Leningradi_Edasi_toimetus, lk 70
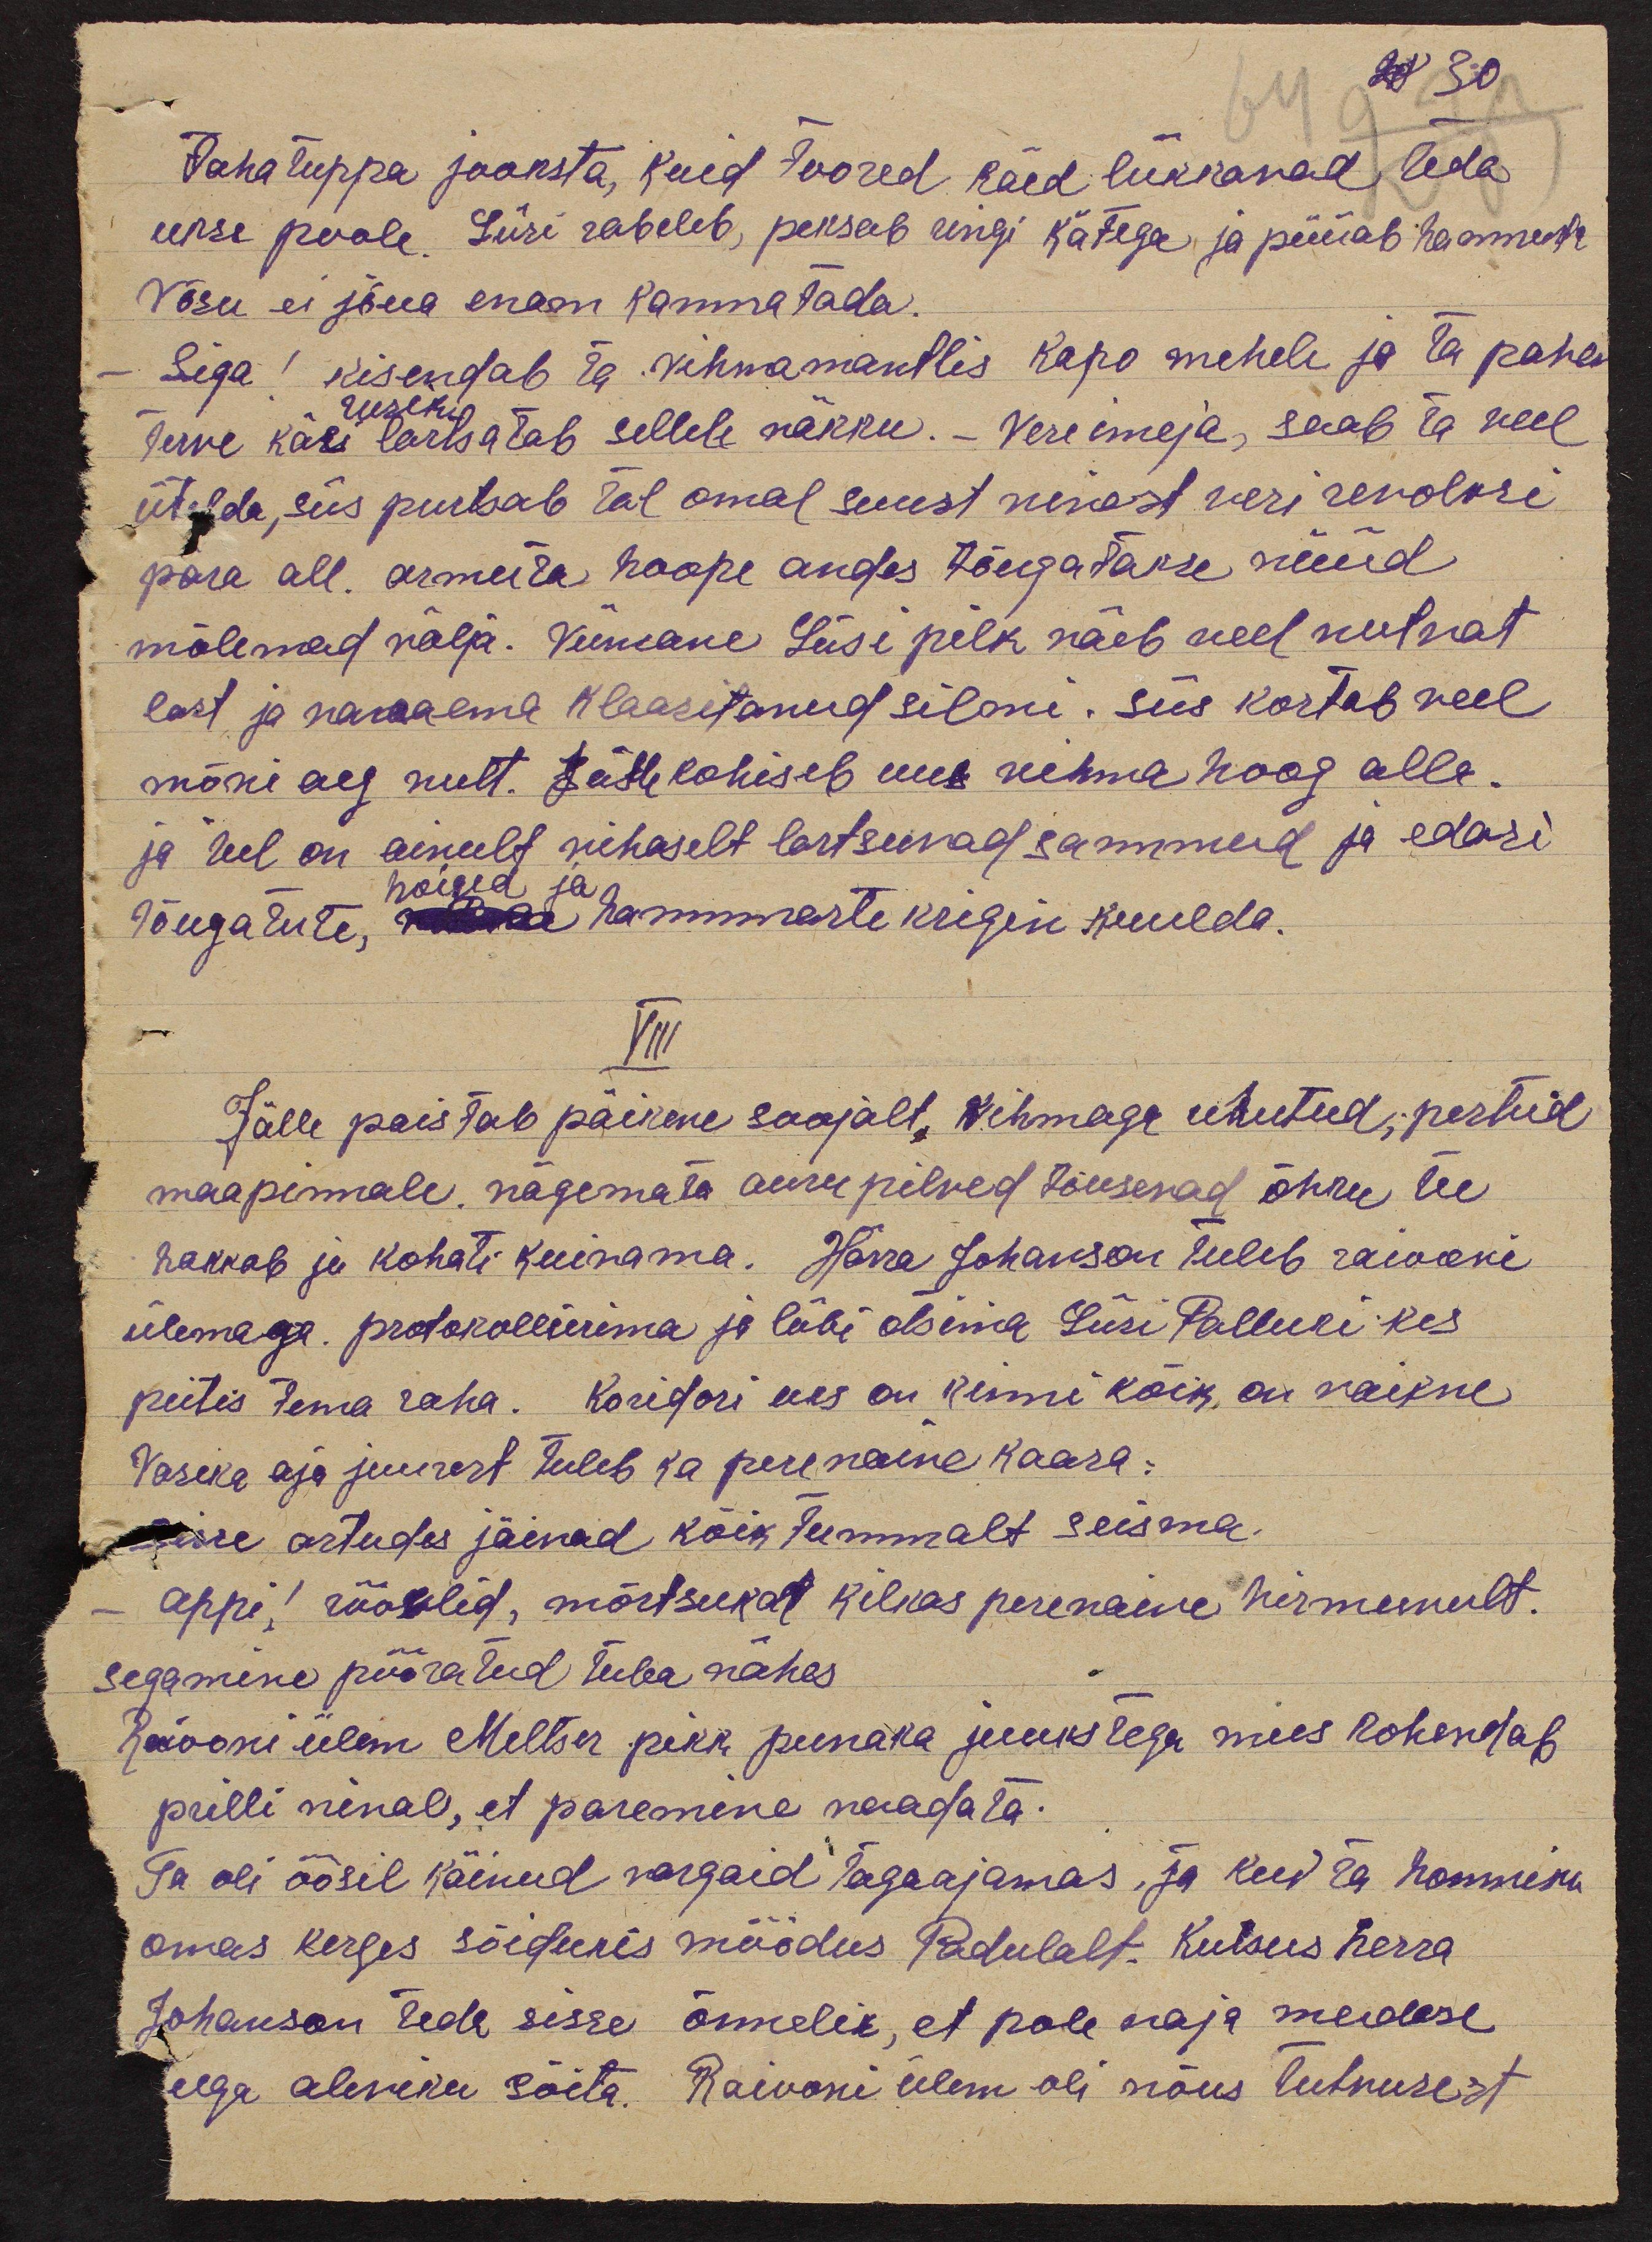
tahatuppa jooksta, kuid toored käed lükkavad teda
ukse poole. Liisi rabeleb, peksab ringi kätega ja püüab hammusta
Võsu ei jõua enam kannatada.
Siga! kisendab ta vihmamantlis kapo mehele ja ta pahem
terve käsi lartsatab sellele näkku. - Vereimaja, saab ta veel
rusik
ütelda, siis purtsab tal omal suust ninast veri revolvri
pära all. armuta hoope andes tõugatakse nüüd
mõlemad välja. Viimane Liisi pilk näeb veel nutvat
last ja vanaema klaasitanud silmi. siis kostab veel
mõni aeg nutt. Jälle kohiseb uus vihma hoog alla.
ja teel on ainult vihaselt lartsuvad sammud ja edasi
hoiged ja
tõugatute, valla hammaste krigin kuulda.
VIII
Jälle paistab päikene soojalt. vihmaga uhutud; pestud
maapinnale. nägemata aurupilved tõusevad õhku tee
hakkab ju kohati kuivama. Härra Johanson tuleb raiooni
ülemaga protokollierima ja läbi otsima Liisi Palluki kes
peitis tema raha. Koridori uks on kinni kõik, on vaikne
Vasika aja juurest tuleb ka perenaine kaasa:
sisse astudes jäivad kõik tummalt seisma.
appi! röövlid, mõrtsukad kilkas perenaine hirmunult.
segamine pööratud tuba nähes
Raiooni ülem Meltser pikk punaka juukstega mees kohendab
prilli ninal, et paremine vaadata.
Ta oli öösil käinud vargaid tagaajamas, ja kui ta hommiku
omas kerges sõidukis möödus Padulalt. Kutsus herra
Johanson teda sisse õnnelik, et pole vaja mudase
teega aleviku sõita. Raiooni ülem oli nõus tutvusest